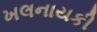
ખલનાયકી